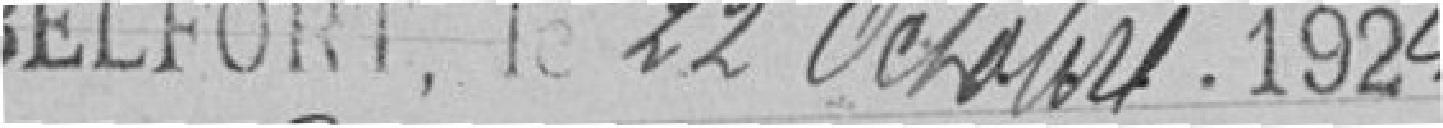
Belfort, le 22 octobre 1924